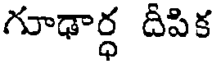
గూఢార్ధ దీపిక